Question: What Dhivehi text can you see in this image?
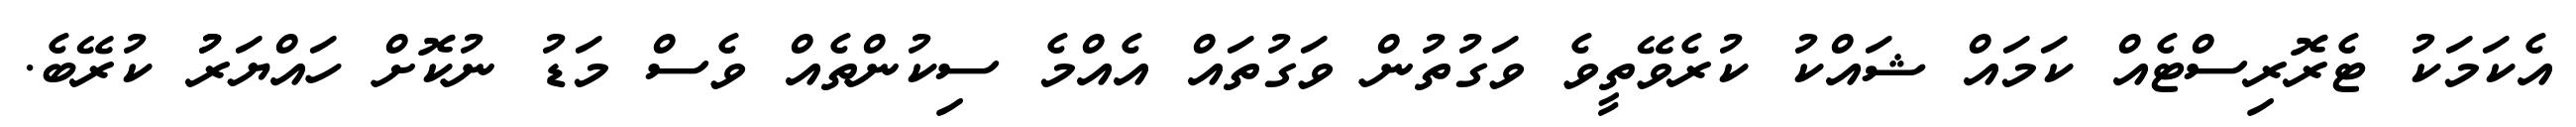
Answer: އެކަމަކު ޓެރޮރިސްޓެއް ކަމައް ޝައްކު ކުރެވޭތީވެ ވަގުތުން ވަގުތައް އެއްމެ ސިކުންތެއް ވެސް މަޑު ނުކޮށް ހައްޔަރުު ކުރޭބެ.